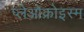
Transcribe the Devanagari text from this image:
प्लेओक्रोइस्म